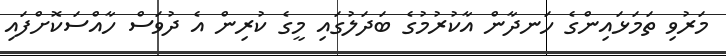
މަރުވި ތަމަޅައިންގެ ހަނދާން އާކުރުމުގެ ބަދަލުގައި މީގެ ކުރިން އެ ދުވަސް ހާއްސަކޮށްފައި